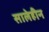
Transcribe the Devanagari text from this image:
सालेहीन